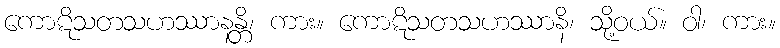
ကောဋိသတသဟဿာနန္တိ၊ ကား။ ကောဋိသတသဟဿာနိ၊ သို့ဝယ်။ ဝါ၊ ကား။